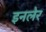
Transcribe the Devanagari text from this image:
इनलेर